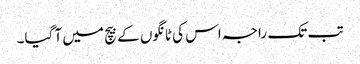
تب تک راجہ اس کی ٹانگوں کے بیچ میں آ گیا۔